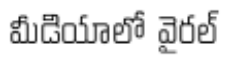
మీడియాలో వైరల్